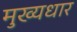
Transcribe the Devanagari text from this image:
मुख्यधार